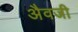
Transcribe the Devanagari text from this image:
अैवजी